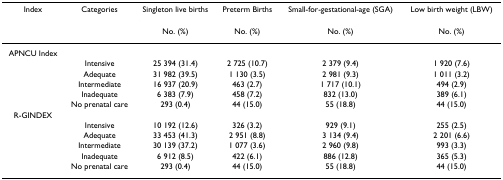
| Index | Categories | Singleton live births | Preterm Births | Small-for-gestational-age (SGA) | Low birth weight (LBW) |
 |  |  | No. (%) | No. (%) | No. (%) | No. (%) |
 | --- | --- | --- | --- | --- | --- |
 | APNCU Index |  |  |  |  |  |
 |  | Intensive | 25 394 (31.4) | 2 725 (10.7) | 2 379 (9.4) | 1 920 (7.6) |
 |  | Adequate | 31 982 (39.5) | 1 130 (3.5) | 2 981 (9.3) | 1 011 (3.2) |
 |  | Intermediate | 16 937 (20.9) | 463 (2.7) | 1 717 (10.1) | 494 (2.9) |
 |  | Inadequate | 6 383 (7.9) | 458 (7.2) | 832 (13.0) | 389 (6.1) |
 |  | No prenatal care | 293 (0.4) | 44 (15.0) | 55 (18.8) | 44 (15.0) |
 | R-GINDEX |  |  |  |  |  |
 |  | Intensive | 10 192 (12.6) | 326 (3.2) | 929 (9.1) | 255 (2.5) |
 |  | Adequate | 33 453 (41.3) | 2 951 (8.8) | 3 134 (9.4) | 2 201 (6.6) |
 |  | Intermediate | 30 139 (37.2) | 1 077 (3.6) | 2 960 (9.8) | 993 (3.3) |
 |  | Inadequate | 6 912 (8.5) | 422 (6.1) | 886 (12.8) | 365 (5.3) |
 |  | No prenatal care | 293 (0.4) | 44 (15.0) | 55 (18.8) | 44 (15.0) |